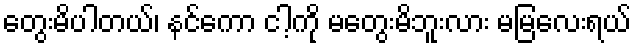
တွေးမိပါတယ်၊ နင်ကော ငါ့ကို မတွေးမိဘူးလား မမြလေးရယ်